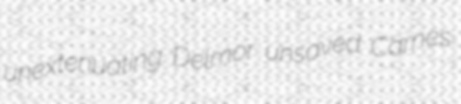
unextenuating Delmor unsaved Carnes